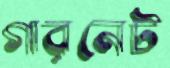
গারনেট